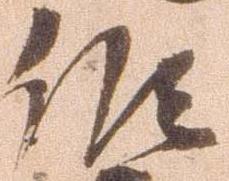
候